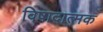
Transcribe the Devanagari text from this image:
विषादात्मक